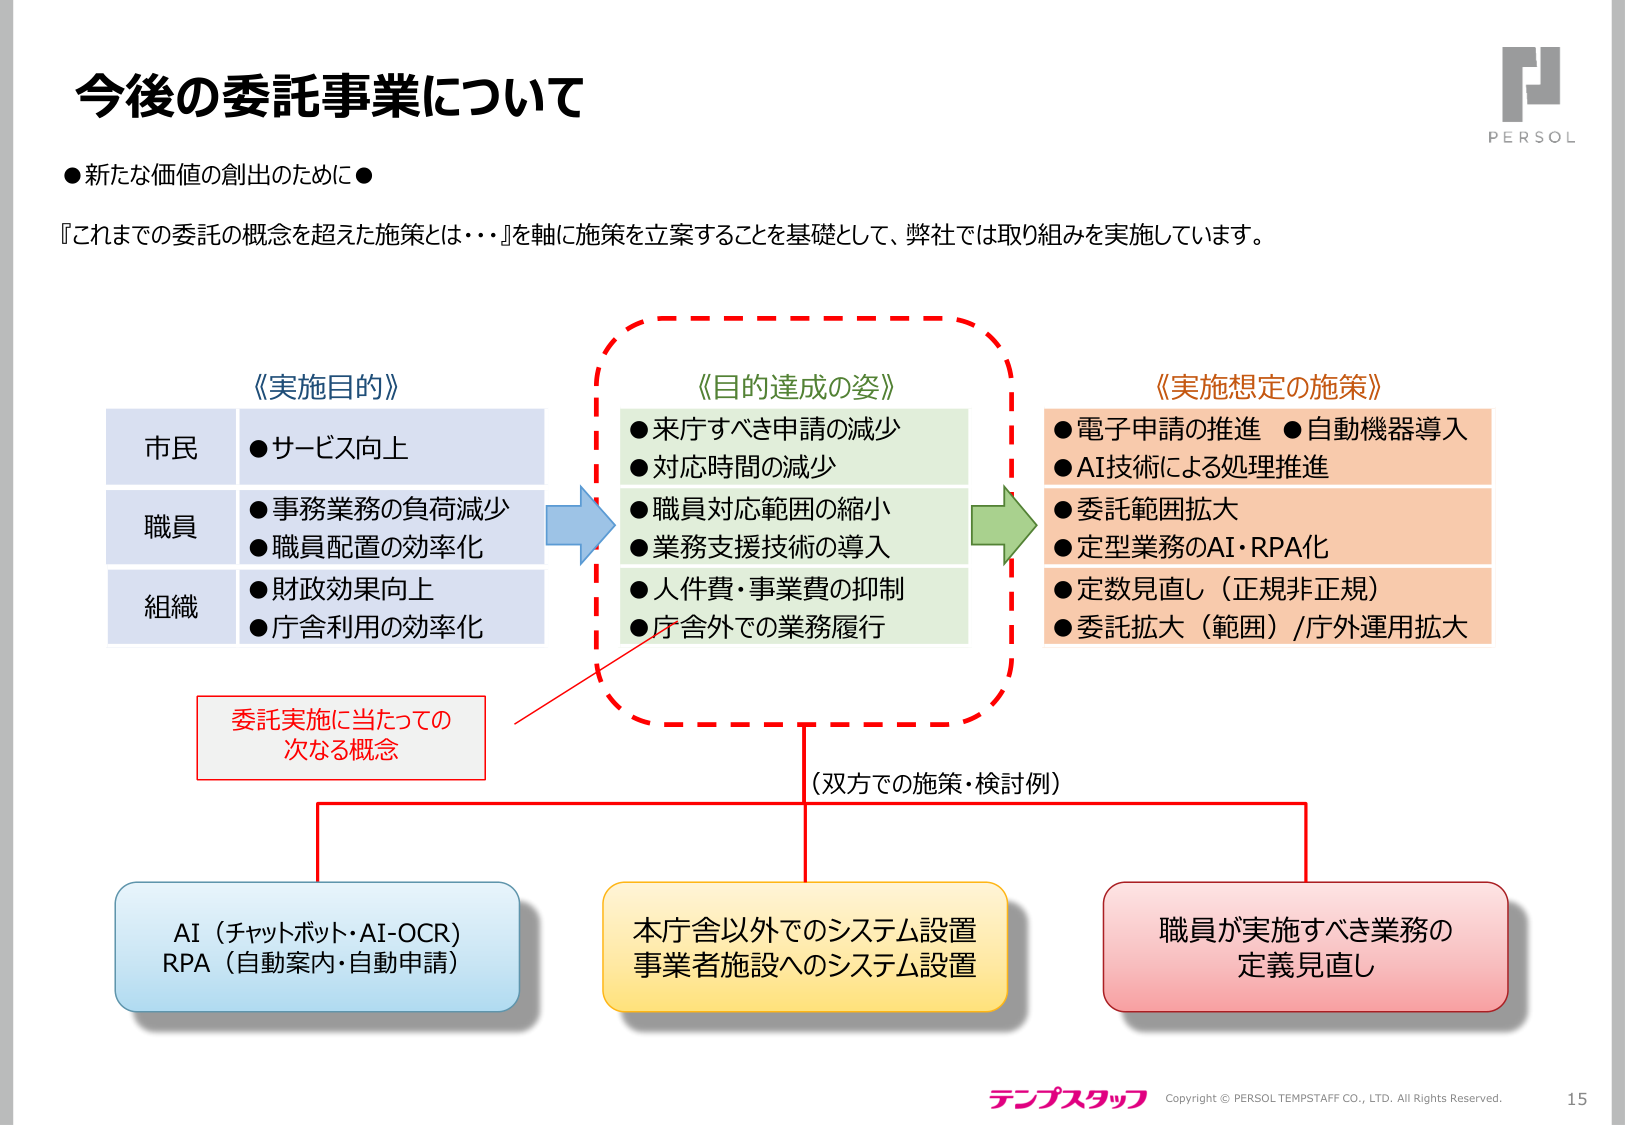
今後の委託事業について

●新たな価値の創出のために●

『これまでの委託の概念を超えた施策とは・・・』を軸に施策を立案することを基礎として、弊社では取り組みを実施しています。

《実施目的》
市民
●サービス向上

職員
●事務業務の負荷減少
●職員配置の効率化

組織
●財政効果向上
●庁舎利用の効率化

《目的達成の姿》
●来庁すべき申請の減少
●対応時間の減少
●職員対応範囲の縮小
●業務支援技術の導入
●人件費・事業費の抑制
●庁舎外での業務履行

《実施想定の施策》
●電子申請の推進 ●自動機器導入
●AI技術による処理推進
●委託範囲拡大
●定型業務のAI・RPA化
●定数見直し（正規非正規）
●委託拡大（範囲）/庁外運用拡大

委託実施に当たっての
次なる概念

（双方での施策・検討例）

AI（チャットボット・AI-OCR）
RPA（自動案内・自動申請）

本庁舎以外でのシステム設置
事業者施設へのシステム設置

職員が実施すべき業務の
定義見直し

PERSOL

テンプスタッフ
Copyright © PERSOL TEMSTAFF CO., LTD. All Rights Reserved.
15